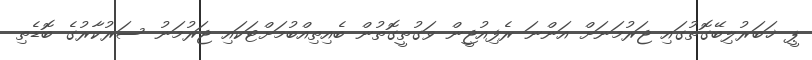
ޕީ ޚަބަރުލިބޭގޮތުގައި ޖަރުމަނަށް އަންނަ ރެފިއުޖީން ވަގުތީގޮތުން ބެއިތިއްބުމަށްޓަކައި ޖަރުމަނު ސަރުކާރުގެ ބޮޑެތި